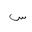
Letter: _sin